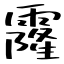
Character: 霳